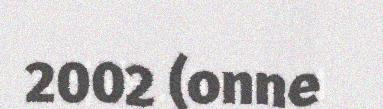
2002 (onne